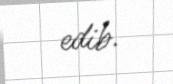
edib.